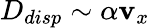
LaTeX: D_{disp}\sim\alpha\mathbf{v}_{x}